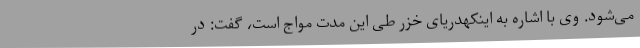
می‌شود. وی با اشاره به اینکهدریای خزر طی این مدت مواج است، گفت: در